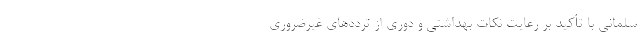
سلمانی با تأکید بر رعایت نکات بهداشتی و دوری از تردد‌های غیرضروری